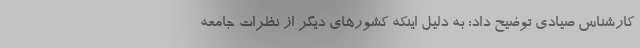
کارشناس صیادی توضیح داد: به دلیل اینکه کشورهای دیگر از نظرات جامعه